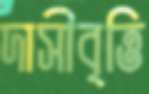
দাসীবৃত্তি